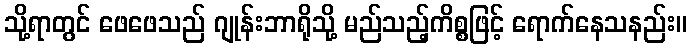
သို့ရာတွင် ဖေဖေသည် ဂျုန်းဘာရိုသို့ မည်သည့်ကိစ္စဖြင့် ရောက်နေသနည်း။